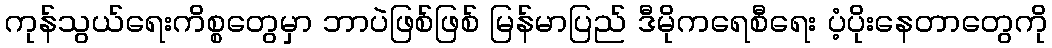
ကုန်သွယ်ရေးကိစ္စတွေမှာ ဘာပဲဖြစ်ဖြစ် မြန်မာပြည် ဒီမိုကရေစီရေး ပံ့ပိုးနေတာတွေကို